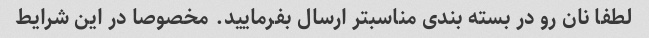
لطفا نان رو در بسته بندی مناسبتر ارسال بفرمایید. مخصوصا در این شرایط